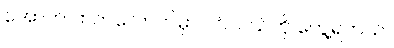
အောက် ဘက်လောက်မှာ ပင်လယ်ကို တွေ့ရတယ်။